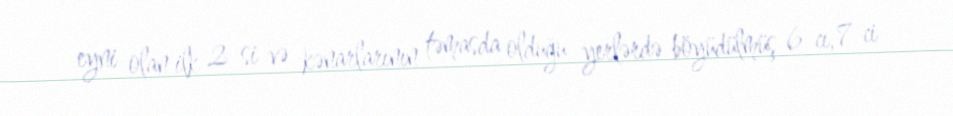
eyni olan ilk 2-si və kənarlarının təmasda olduğu yerlərdə böyüdülmüş 6-cı, 7-ci